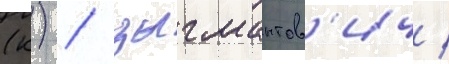
(к) / зыгмантов'ич /